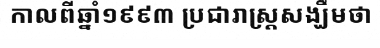
កាលពីឆ្នាំ១៩៩៣ ប្រជារាស្ត្រសង្ឃឹមថា